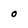
Character: O